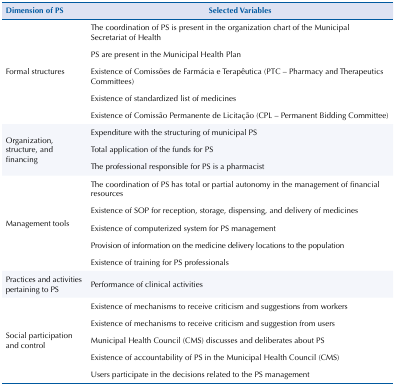
<table><thead><tr><td><b>Dimension of PS</b></td><td><b>Selected Variables</b></td></tr></thead><tbody><tr><td rowspan="5">Formal structures</td><td>The coordination of PS is present in the organization chart of the Municipal Secretariat of Health</td></tr><tr><td>PS are present in the Municipal Health Plan</td></tr><tr><td>Existence of Comissões de Farmácia e Terapêutica (PTC – Pharmacy and Therapeutics Committees)</td></tr><tr><td>Existence of standardized list of medicines</td></tr><tr><td>Existence of Comissão Permanente de Licitação (CPL – Permanent Bidding Committee)</td></tr><tr><td rowspan="3">Organization, structure, and financing</td><td>Expenditure with the structuring of municipal PS</td></tr><tr><td>Total application of the funds for PS</td></tr><tr><td>The professional responsible for PS is a pharmacist</td></tr><tr><td rowspan="5">Management tools</td><td>The coordination of PS has total or partial autonomy in the management of financial resources</td></tr><tr><td>Existence of SOP for reception, storage, dispensing, and delivery of medicines</td></tr><tr><td>Existence of computerized system for PS management</td></tr><tr><td>Provision of information on the medicine delivery locations to the population</td></tr><tr><td>Existence of training for PS professionals</td></tr><tr><td>Practices and activities pertaining to PS</td><td>Performance of clinical activities</td></tr><tr><td rowspan="5">Social participation and control</td><td>Existence of mechanisms to receive criticism and suggestions from workers</td></tr><tr><td>Existence of mechanisms to receive criticism and suggestion from users</td></tr><tr><td>Municipal Health Council (CMS) discusses and deliberates about PS</td></tr><tr><td>Existence of accountability of PS in the Municipal Health Council (CMS)</td></tr><tr><td>Users participate in the decisions related to the PS management</td></tr></tbody></table>